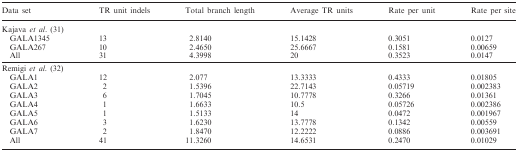
<table><thead><tr><td><b>Data set</b></td><td><b>TR unit indels</b></td><td><b>Total branch length</b></td><td><b>Average TR units</b></td><td><b>Rate per unit</b></td><td><b>Rate per site</b></td></tr></thead><tbody><tr><td>Kajava <i>et al.</i> (31)</td><td></td><td></td><td></td><td></td><td></td></tr><tr><td>GALA1345</td><td>13</td><td>2.8140</td><td>15.1428</td><td>0.3051</td><td>0.0127</td></tr><tr><td>GALA267</td><td>10</td><td>2.4650</td><td>25.6667</td><td>0.1581</td><td>0.00659</td></tr><tr><td>All</td><td>31</td><td>4.3998</td><td>20</td><td>0.3523</td><td>0.0147</td></tr><tr><td>Remigi <i>et al.</i> (32)</td><td></td><td></td><td></td><td></td><td></td></tr><tr><td>GALA1</td><td>12</td><td>2.077</td><td>13.3333</td><td>0.4333</td><td>0.01805</td></tr><tr><td>GALA2</td><td>2</td><td>1.5396</td><td>22.7143</td><td>0.05719</td><td>0.002383</td></tr><tr><td>GALA3</td><td>6</td><td>1.7045</td><td>10.7778</td><td>0.3266</td><td>0.01361</td></tr><tr><td>GALA4</td><td>1</td><td>1.6633</td><td>10.5</td><td>0.05726</td><td>0.002386</td></tr><tr><td>GALA5</td><td>1</td><td>1.5133</td><td>14</td><td>0.0472</td><td>0.001967</td></tr><tr><td>GALA6</td><td>3</td><td>1.6230</td><td>13.7778</td><td>0.1342</td><td>0.00559</td></tr><tr><td>GALA7</td><td>2</td><td>1.8470</td><td>12.2222</td><td>0.0886</td><td>0.003691</td></tr><tr><td>All</td><td>41</td><td>11.3260</td><td>14.6531</td><td>0.2470</td><td>0.01029</td></tr></tbody></table>